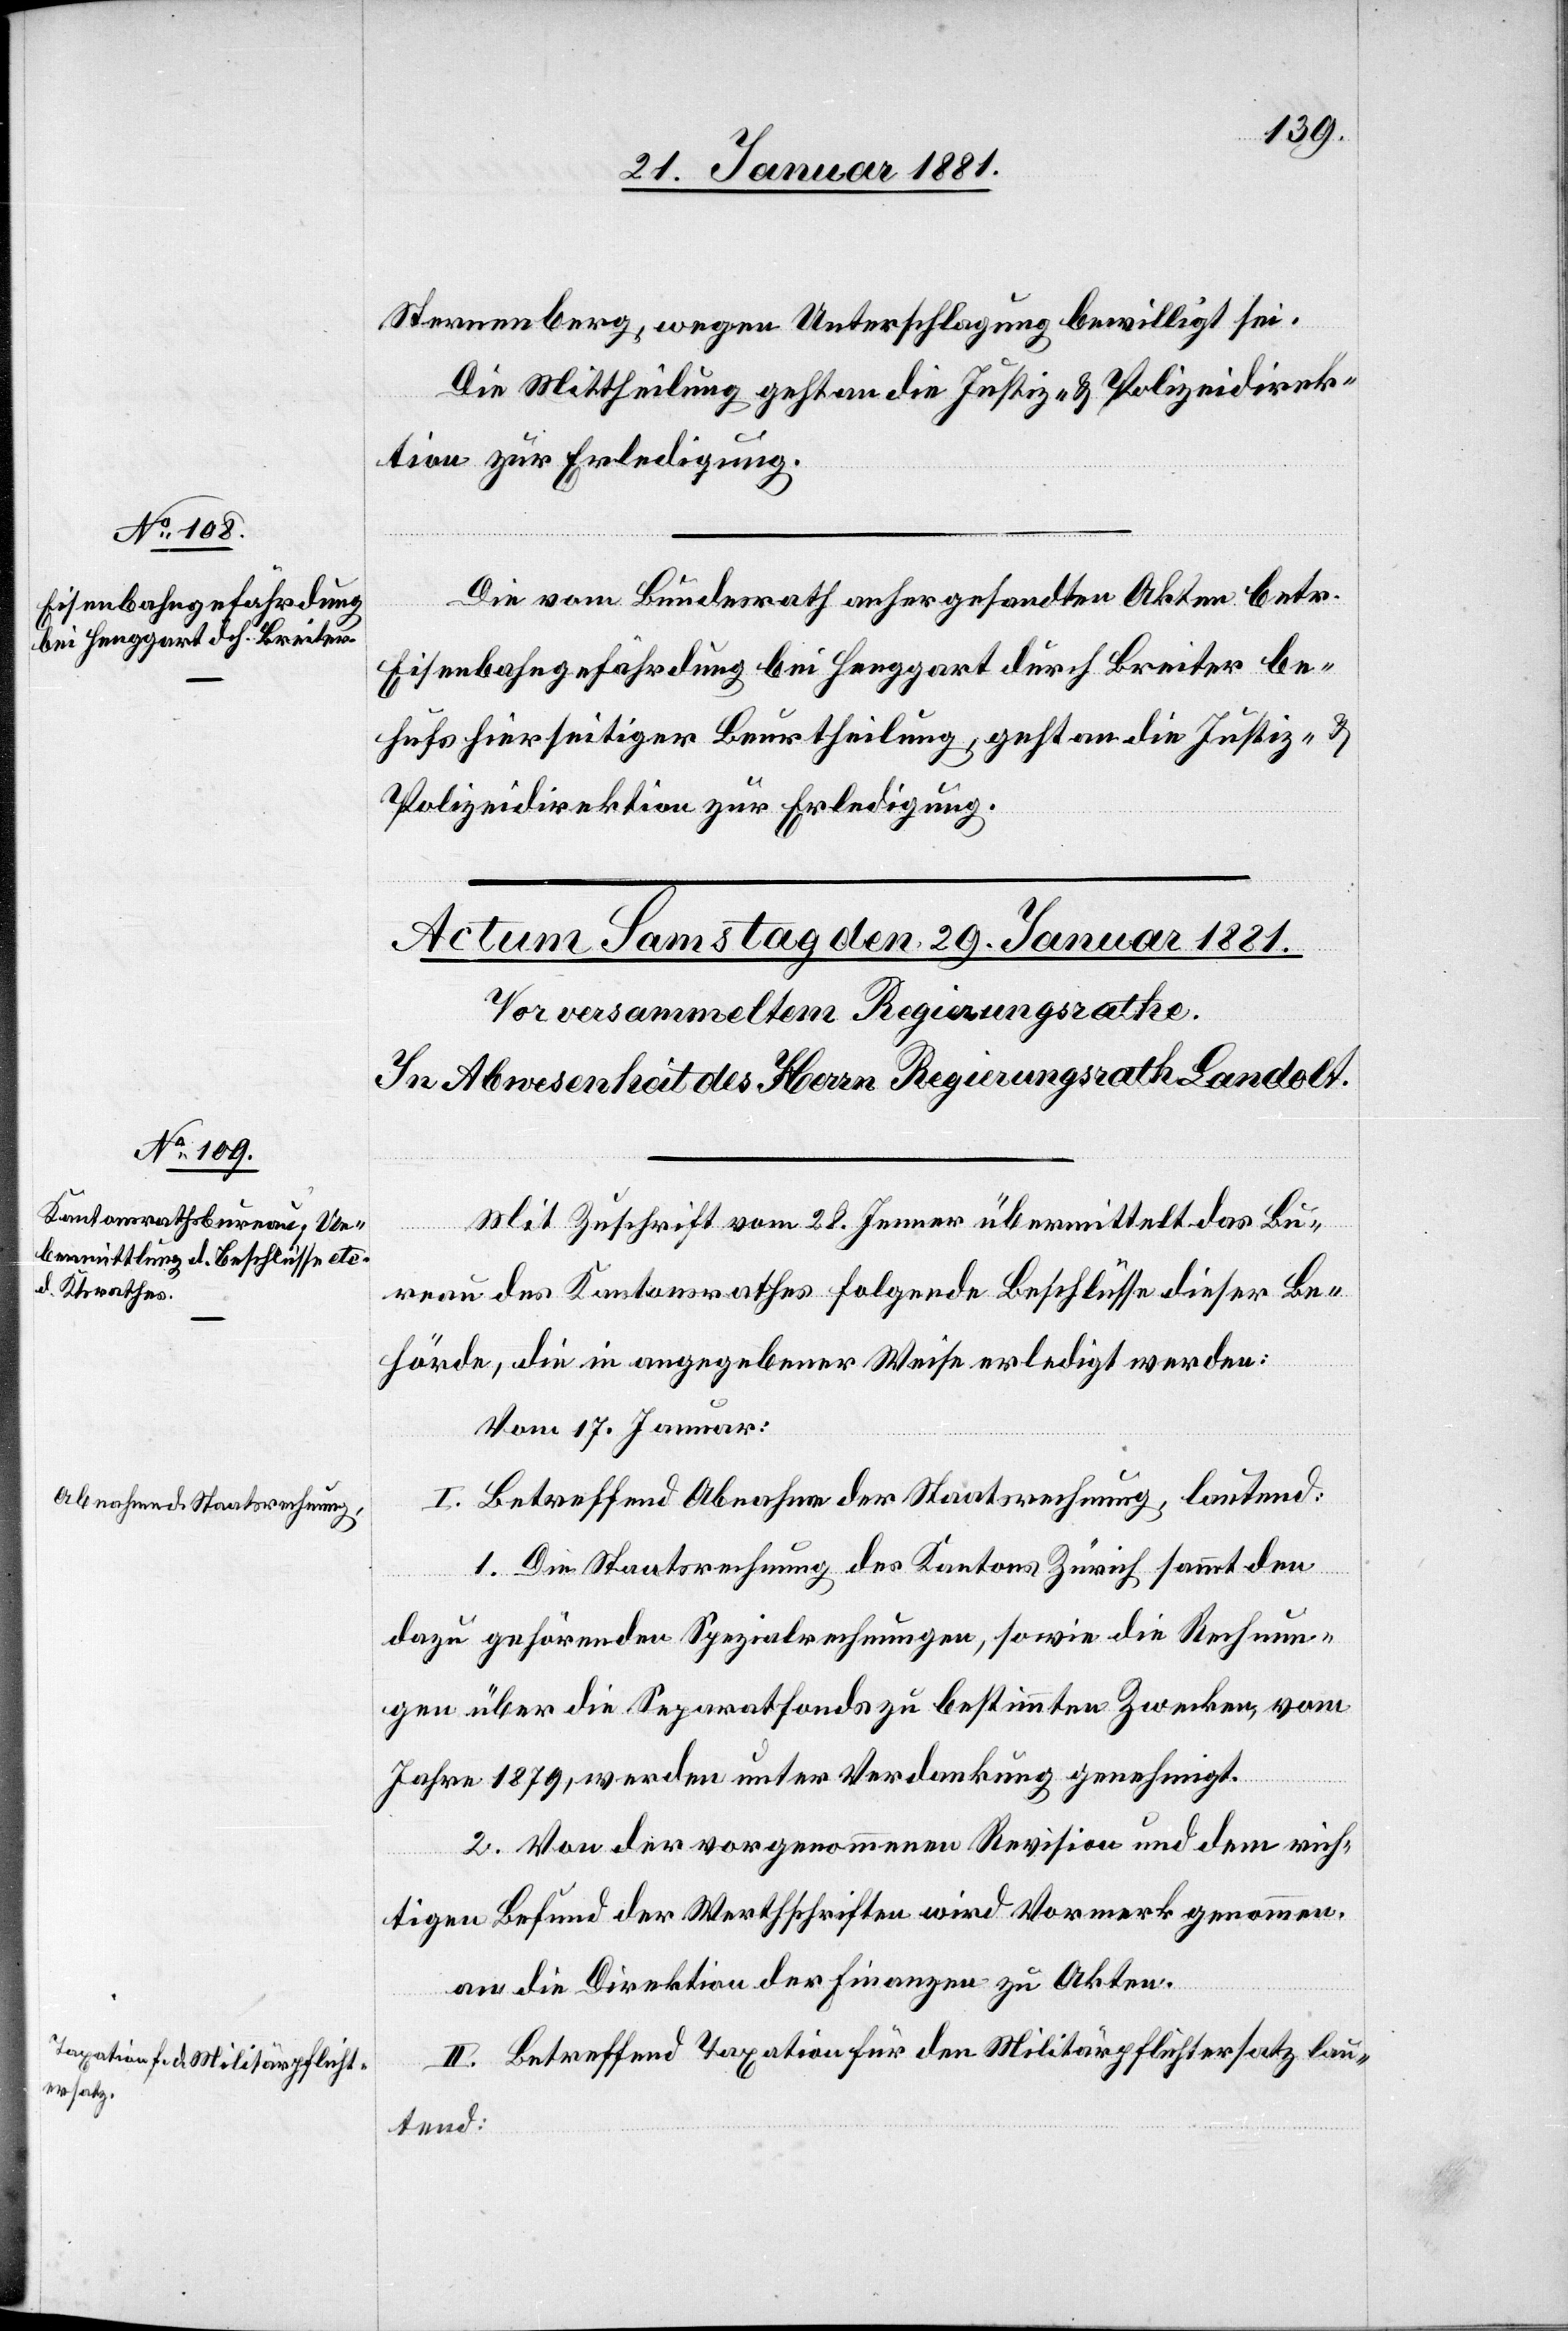
28. Januar 1881.]
Sternenberg, wegen Unterschlagung bewilligt sei.
Die Mittheilung geht an die Justiz- & Polizeidirek¬
tion zur Erledigung.
Die vom Bundesrath anhergesandten Akten betr.
Eisenbahngefährdung bei Henggart durch Breiter be¬
hufs hierseitiger Beurtheilung, geht an die Justiz- &
Polizeidirektion zur Erledigung.
Mit Zuschrift vom 28. Jenner übermittelt das Bu¬
reau des Kantonsrathes folgende Beschlüsse dieser Be¬
hörde, die in angegebener Weise erledigt werden:
[Vom 17. Januar:]
I. Betreffend Abnahme der Staatsrechnung, lautend:
1. Die Staatsrechnung des Kantons Zürich sammt den
dazu gehörenden Spezialrechnungen, sowie die Rechnun¬
gen über die Separatfonds zu bestimmten Zwecken, vom
Jahre 1879, werden unter Verdankung genehmigt.
2. Von der vorgenommenen Revision und dem rich¬
tigen Befund der Werthschriften wird Vormerk genommen.
an die Direktion der Finanzen zu Akten.
II. Betreffend Taxation für den Militärpflichtersatz lau¬
tend: